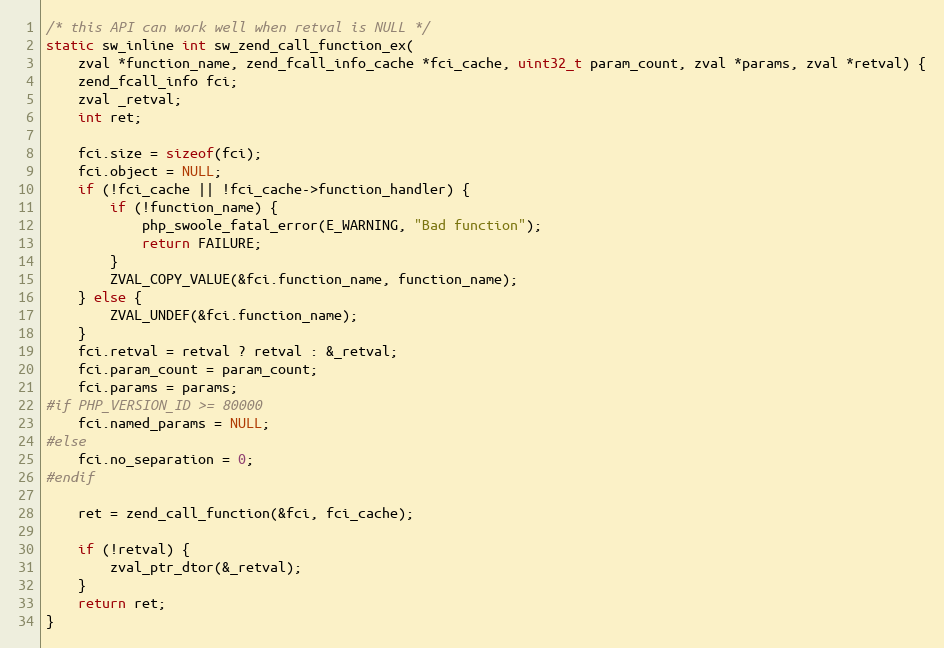
Language: C
/* this API can work well when retval is NULL */
static sw_inline int sw_zend_call_function_ex(
    zval *function_name, zend_fcall_info_cache *fci_cache, uint32_t param_count, zval *params, zval *retval) {
    zend_fcall_info fci;
    zval _retval;
    int ret;

    fci.size = sizeof(fci);
    fci.object = NULL;
    if (!fci_cache || !fci_cache->function_handler) {
        if (!function_name) {
            php_swoole_fatal_error(E_WARNING, "Bad function");
            return FAILURE;
        }
        ZVAL_COPY_VALUE(&fci.function_name, function_name);
    } else {
        ZVAL_UNDEF(&fci.function_name);
    }
    fci.retval = retval ? retval : &_retval;
    fci.param_count = param_count;
    fci.params = params;
#if PHP_VERSION_ID >= 80000
    fci.named_params = NULL;
#else
    fci.no_separation = 0;
#endif

    ret = zend_call_function(&fci, fci_cache);

    if (!retval) {
        zval_ptr_dtor(&_retval);
    }
    return ret;
}